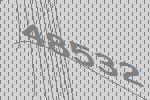
48532